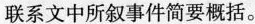
联系文中所叙事件简要概括。